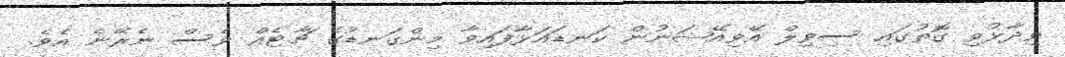
ވިދާޅުވި ގޮތުގައި ސިވިލް އޭވިއޭޝަނުން ކަނޑައަޅާފައިވާ މިންގަނޑުގެ ޗާޓެއް ވެސް ނެރޭނެ އެވެ.